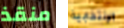
منقذ الإنتخابية